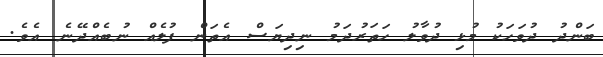
ބަންދު ދުވަހަކު މުޅި ދުވާލު ހަތަރުދަމު ނިދިޔަސް އެތަން ފުލެއް ނުބެއްދޭނެ އެވެ.